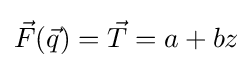
{\vec {F}}({\vec {q}})={\vec {T}}=a+bz